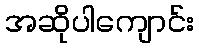
အဆိုပါကျောင်း